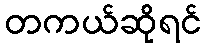
တကယ်ဆိုရင်